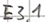
Text: E3.1